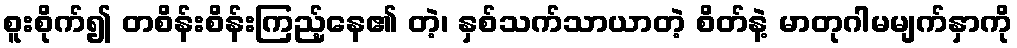
စူးစိုက်၍ တစိန်းစိန်းကြည့်နေ၏ တဲ့၊ နှစ်သက်သာယာတဲ့ စိတ်နဲ့ မာတုဂါမမျက်နှာကို